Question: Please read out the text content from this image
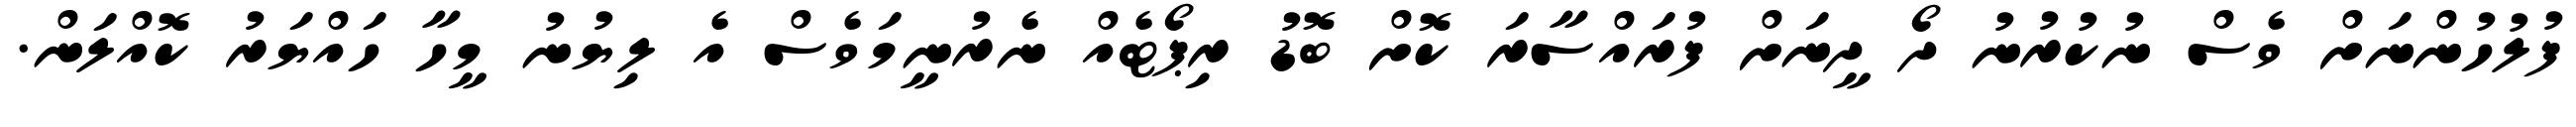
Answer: ފުލުހުންނަށް ވެސް ނުކުރުނު ދޯ ދީނަށް ފުރައްސާރަ ކޮށް ބޮޑު ރިޕޯޓެއް ނެރުނީމަވެސް އެ ލިޔުނު މީހާ ހައްޔަރު ކޮއްލަން.